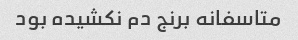
متاسفانه برنج دم نکشیده بود